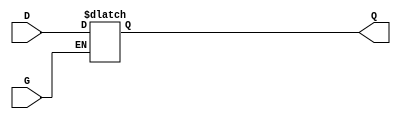
module LATCH(G, D, Q);
   parameter WIDTH = 1;
   input G;
   input [WIDTH-1:0] D;
   output [WIDTH-1:0] Q;
   reg [WIDTH-1:0] 	  Q;

   always @ (G or D) begin
	  if(G)
		Q <= D;
   end
   
endmodule